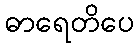
ဓာရေတိပေ